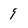
Character: 9